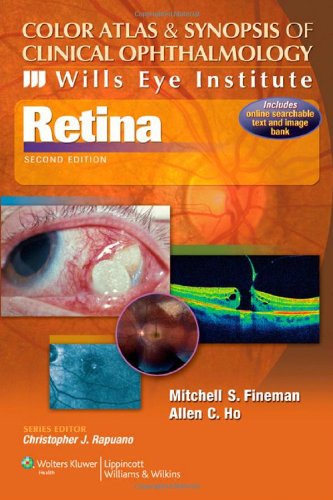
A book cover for Color Atlas and Synopsis of Clinical Ophthalmology -- Wills Eye Institute -- Retina (Wills Eye Institute Atlas Series); Mitchell S. Fineman MD; Medical Books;